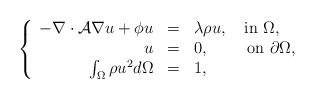
LaTeX: \begin{align*}\left\{\begin{array}{rcl}-\nabla\cdot\mathcal{A}\nabla u+\phi u&=&\lambda\rho u,\quad{\rm in}\ \Omega,\\u&=&0,\quad\ \ \ \ {\rm on}\ \partial\Omega,\\\int_{\Omega}\rho u^2d\Omega&=&1,\end{array}\right.\end{align*}